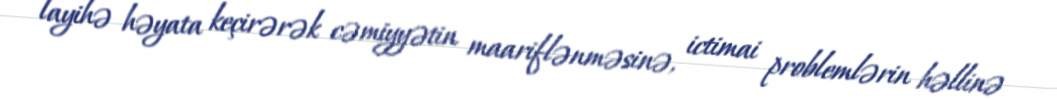
layihə həyata keçirərək cəmiyyətin maariflənməsinə, ictimai problemlərin həllinə